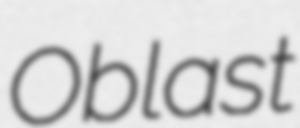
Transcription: Oblast